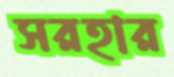
সরহার